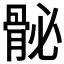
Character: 𩨲